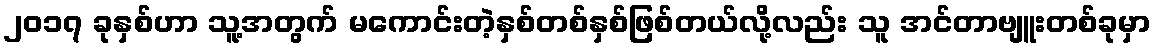
၂၀၁၇ ခုနှစ်ဟာ သူ့အတွက် မကောင်းတဲ့နှစ်တစ်နှစ်ဖြစ်တယ်လို့လည်း သူ အင်တာဗျူးတစ်ခုမှာ